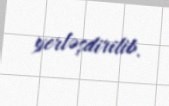
yerləşdirilib.